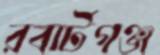
রবার্টগঞ্জ